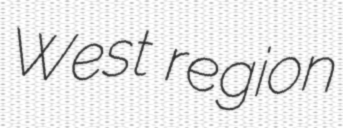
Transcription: West region